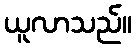
ယူလာသည်။